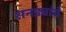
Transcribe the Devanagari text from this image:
रानड्यांचे